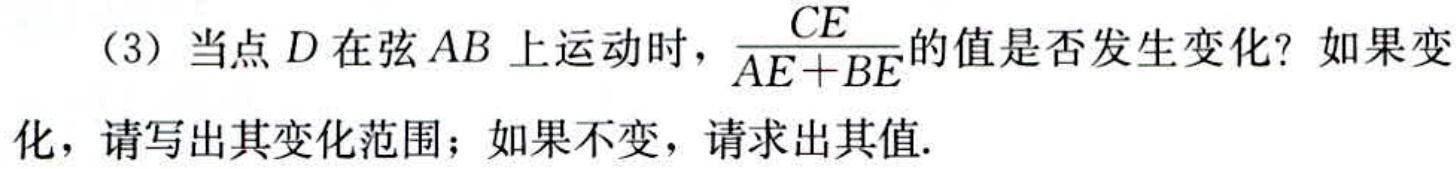
（3）当点\(D\)在弦\(AB\)上运动时，\(\frac{CE}{AE + BE}\)的值是否发生变化？如果变化，请写出其变化范围；如果不变，请求出其值.